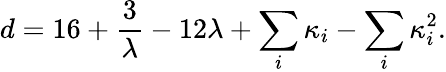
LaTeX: d=16+{\frac{3}{\lambda}}-12\lambda+\sum_{i}\kappa_{i}-\sum_{i}\kappa_{i}^{2}.